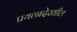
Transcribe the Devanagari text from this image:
प्रयत्नदेखील